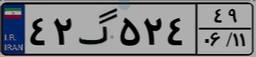
۴۲گ۵۲۴۴۹